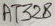
Text: AT328